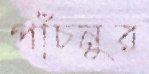
পাঁচনুর